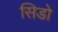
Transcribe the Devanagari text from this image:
सिडो